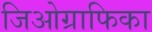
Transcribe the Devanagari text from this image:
जिओग्राफिका